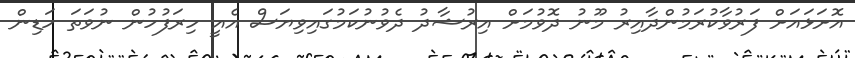
އޮށަޅައަށް ފަރުވާކުރަމުންދާއިރު މޫނު ދޮވުމަށް އިރުޝާދު ދެވުނުކަމުގައިވިޔަސް އެއީ ހިރަފުހުން ނުވަތަ ހަޑިން